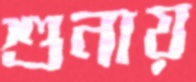
শুনায়